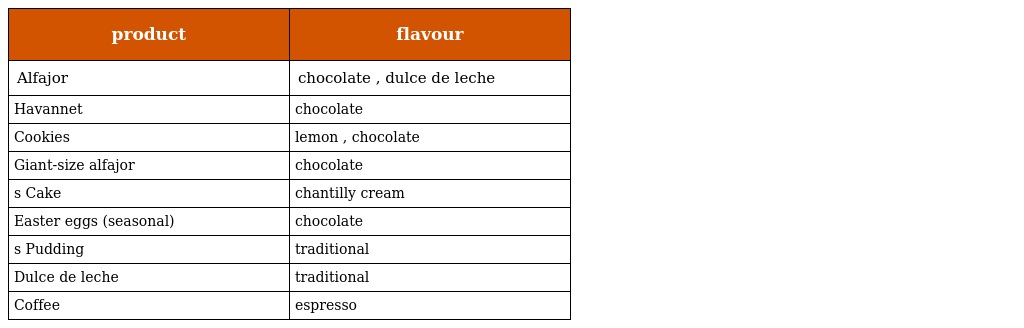
| product | flavour |
 | --- | --- |
 | Alfajor | chocolate , dulce de leche |
 | Havannet | chocolate |
 | Cookies | lemon , chocolate |
 | Giant-size alfajor | chocolate |
 | s Cake | chantilly cream |
 | Easter eggs (seasonal) | chocolate |
 | s Pudding | traditional |
 | Dulce de leche | traditional |
 | Coffee | espresso |